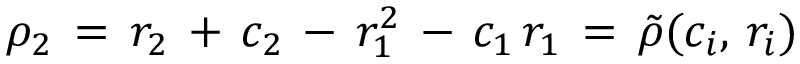
\rho _ { 2 } \, = \, r _ { 2 } \, + \, c _ { 2 } \, - \, r _ { 1 } ^ { 2 } \, - \, c _ { 1 } \, r _ { 1 } \, = \, \tilde { \rho } ( c _ { i } , \, r _ { i } )